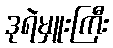
ဒုရဲမှူးကြီး